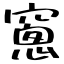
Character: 窻